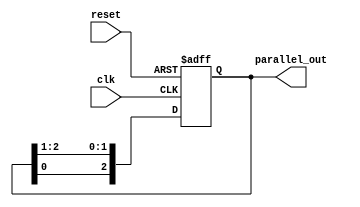
module ring_shift_register #(
		parameter N = 3,
		parameter INITIAL_VALUE = 1
	)(
		input wire clk,
		input wire reset,
		output wire [N-1:0] parallel_out
	);

	// signal declarations
	reg [N-1:0] data = INITIAL_VALUE;
	wire [N-1:0] data_next;

	// state updation logic
	always @(posedge(clk),posedge(reset)) begin
		if(reset) begin
			data = INITIAL_VALUE;
		end else begin
			data = data_next;
		end
	end
	

	// next state logic 
	assign data_next = {data[0],data[N-1:1]};

	// output logic
	assign parallel_out = data;

endmodule

// module stimulus();
	
// 	wire [2:0] PARALLEL_OUT;
// 	reg CLK,RESET;

// 	localparam N = 3;

// 	ring_shift_register #(.N(N),.INITIAL_VALUE(1)) 
// 	sr1(
// 		.clk(CLK),
// 		.parallel_out(PARALLEL_OUT),
// 		.reset(RESET)
// 	); 

// 	initial begin
// 		$dumpfile("simulation.vcd");
// 		$dumpvars(0,
// 			CLK,
// 			PARALLEL_OUT,
// 			RESET
// 		);
// 	end

// 	initial begin
// 		CLK = 1'b0;
// 		RESET = 1'b0;
// 	end

// 	always 
// 		#1 CLK = ~ CLK;

// 	initial begin
// 		#20 RESET = 1'b1;
// 		#10 RESET = 1'b0;
// 	end

// 	initial 
// 		#50 $finish;
// endmodule